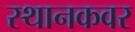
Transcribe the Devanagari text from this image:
स्थानकवर